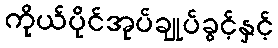
ကိုယ်ပိုင်အုပ်ချုပ်ခွင့်နှင့်